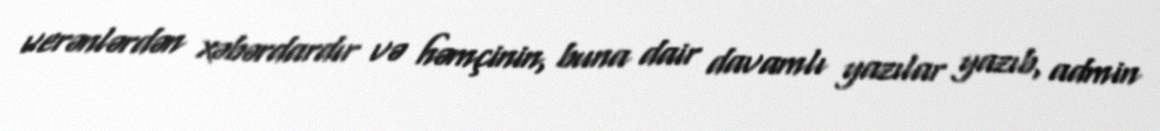
verənlərdən xəbərdardır və həmçinin, buna dair davamlı yazılar yazıb, admin